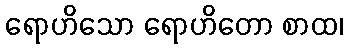
ရောဟိသော ရောဟိတော စာထ၊